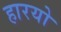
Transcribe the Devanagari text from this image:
हारयो